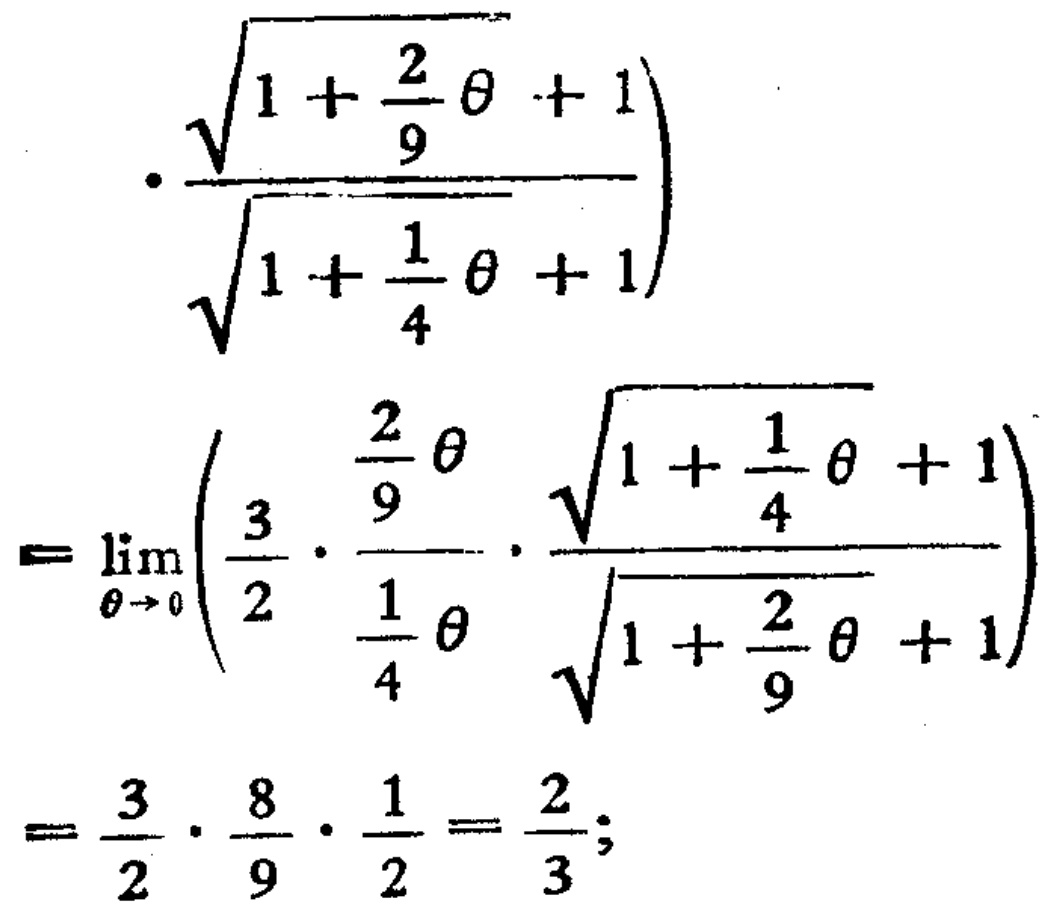
\[
\cdot\frac{\sqrt{1 + \frac{2}{9}\theta + 1}}{\sqrt{1 + \frac{1}{4}\theta + 1}}
\]
\[
= \lim_{\theta \to 0}\left(\frac{3}{2}\cdot\frac{\frac{2}{9}\theta}{\frac{1}{4}\theta}\cdot\frac{\sqrt{1 + \frac{1}{4}\theta + 1}}{\sqrt{1 + \frac{2}{9}\theta + 1}}\right)
\]
\[
= \frac{3}{2}\cdot\frac{8}{9}\cdot\frac{1}{2}=\frac{2}{3};
\]